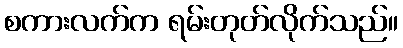
စကားလက်က ရမ်းတုတ်လိုက်သည်။